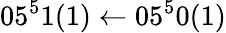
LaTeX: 05^{5}1(1)\leftarrow 05^{5}0(1)